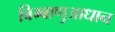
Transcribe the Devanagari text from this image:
बिम्बाणुआधान